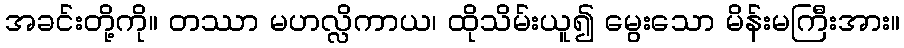
အခင်းတို့ကို။ တဿာ မဟလ္လိကာယ၊ ထိုသိမ်းယူ၍ မွေးသော မိန်းမကြီးအား။